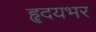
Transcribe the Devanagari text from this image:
हृदयभर